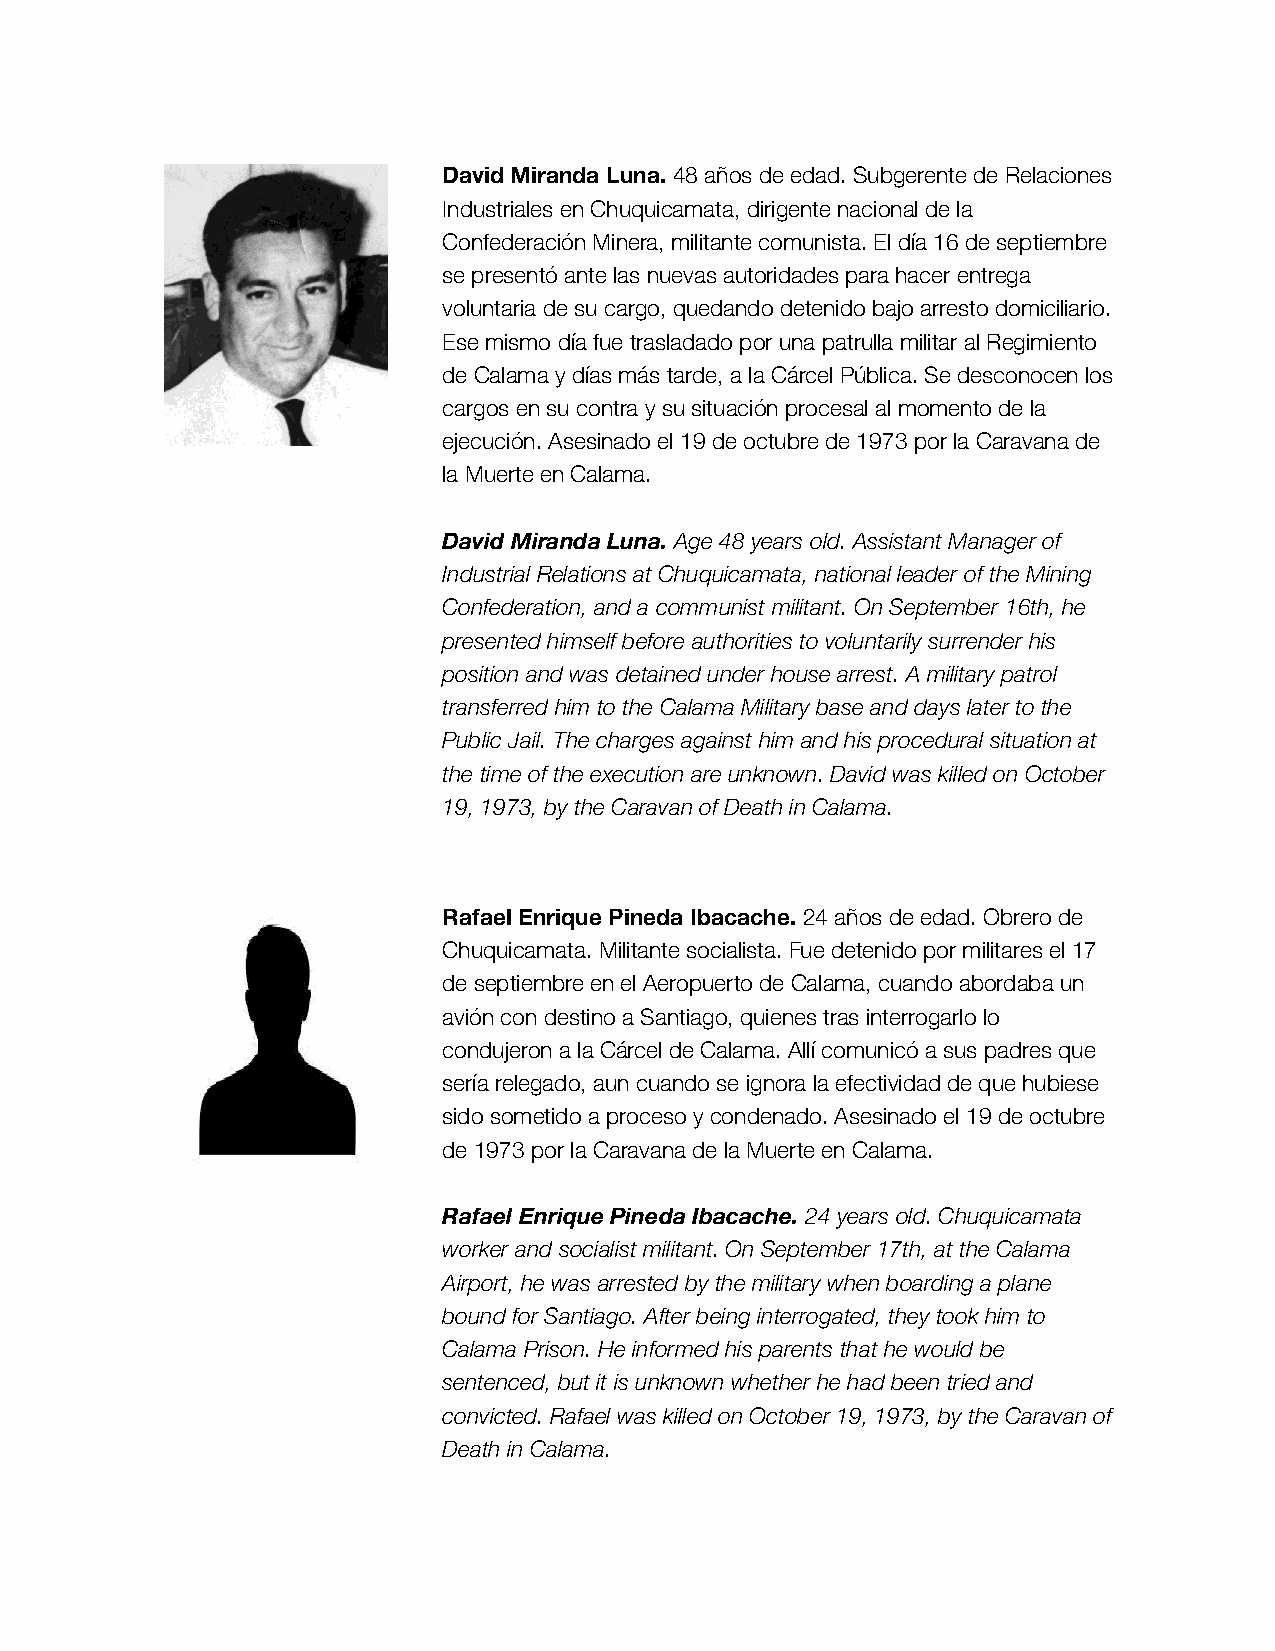
David Miranda Luna. 48 años de edad. Subgerente de Relaciones
 Industriales en Chuquicamata, dirigente nacional de la
 Confederación Minera, militante comunista. El día 16 de septiembre
 se presentó ante las nuevas autoridades para hacer entrega
 voluntaria de su cargo, quedando detenido bajo arresto domiciliario.
 Ese mismo día fue trasladado por una patrulla militar al Regimiento
 de Calama y días más tarde, a la Cárcel Pública. Se desconocen los
 cargos en su contra y su situación procesal al momento de la
 ejecución. Asesinado el 19 de octubre de 1973 por la Caravana de
 la Muerte en Calama.
 David Miranda Luna. Age 48 years old. Assistant Manager of
 Industrial Relations at Chuquicamata, national leader of the Mining
 Confederation, and a communist militant. On September 16th, he
 presented himself before authorities to voluntarily surrender his
 position and was detained under house arrest. A military patrol
 transferred him to the Calama Military base and days later to the
 Public Jail. The charges against him and his procedural situation at
 the time of the execution are unknown. David was killed on October
 19, 1973, by the Caravan of Death in Calama.
 Rafael Enrique Pineda Ibacache. 24 años de edad. Obrero de
 Chuquicamata. Militante socialista. Fue detenido por militares el 17
 de septiembre en el Aeropuerto de Calama, cuando abordaba un
 avión con destino a Santiago, quienes tras interrogarlo lo
 condujeron a la Cárcel de Calama. Allí comunicó a sus padres que
 sería relegado, aun cuando se ignora la efectividad de que hubiese
 sido sometido a proceso y condenado. Asesinado el 19 de octubre
 de 1973 por la Caravana de la Muerte en Calama.
 Rafael Enrique Pineda Ibacache. 24 years old. Chuquicamata
 worker and socialist militant. On September 17th, at the Calama
 Airport, he was arrested by the military when boarding a plane
 bound for Santiago. After being interrogated, they took him to
 Calama Prison. He informed his parents that he would be
 sentenced, but it is unknown whether he had been tried and
 convicted. Rafael was killed on October 19, 1973, by the Caravan of
 Death in Calama.